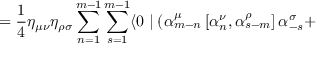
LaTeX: \; \; \; = \frac { 1 } { 4 } { \eta } _ { \mu \nu } { \eta } _ { \rho \sigma } \sum _ { n = 1 } ^ { m - 1 } \sum _ { s = 1 } ^ { m - 1 } \langle 0 \mid \left( { \alpha } _ { m - n } ^ { \mu } \left[ { \alpha } _ { n } ^ { \nu } , { \alpha } _ { s - m } ^ { \rho } \right] { \alpha } _ { - s } ^ { \sigma } + \right.